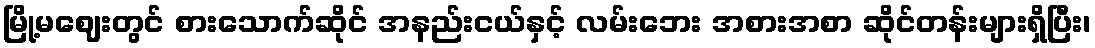
မြို့မဈေးတွင် စားသောက်ဆိုင် အနည်းငယ်နှင့် လမ်းဘေး အစားအစာ ဆိုင်တန်းများရှိပြီး၊